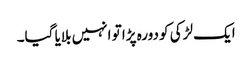
ایک لڑکی کو دورہ پڑا تو انہیں بلایا گیا۔